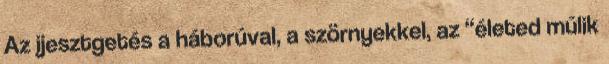
Az ijesztgetés a háborúval, a szörnyekkel, az “életed múlik